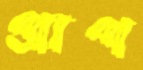
প্রাপ